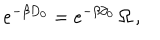
LaTeX: e ^ { - \beta D _ { 0 } } = e ^ { - \beta \partial _ { 0 } } \, \Omega \, ,